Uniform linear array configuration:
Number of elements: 32
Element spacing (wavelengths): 1
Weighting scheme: uniform
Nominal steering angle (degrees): -45
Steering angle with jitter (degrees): -44.078
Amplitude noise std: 0.05
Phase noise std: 0.05

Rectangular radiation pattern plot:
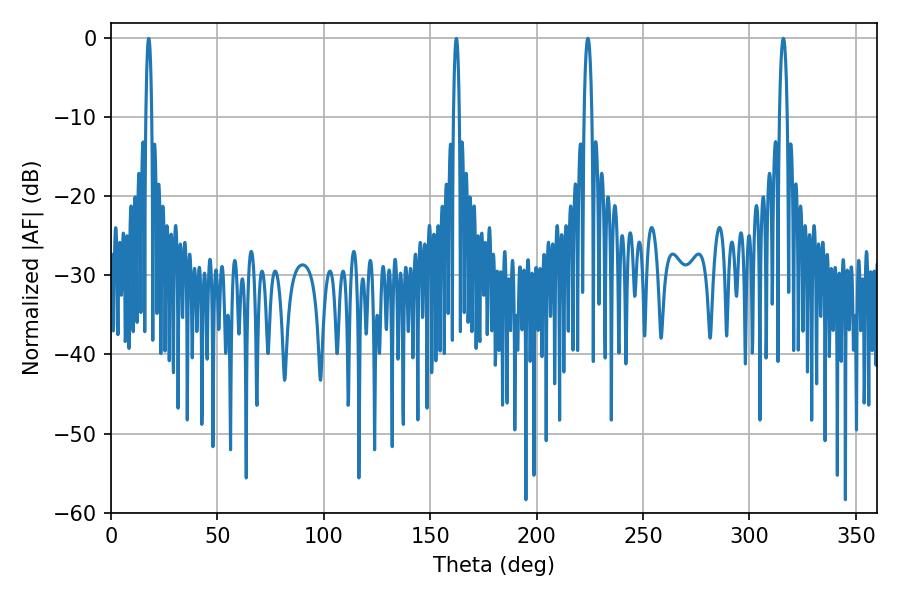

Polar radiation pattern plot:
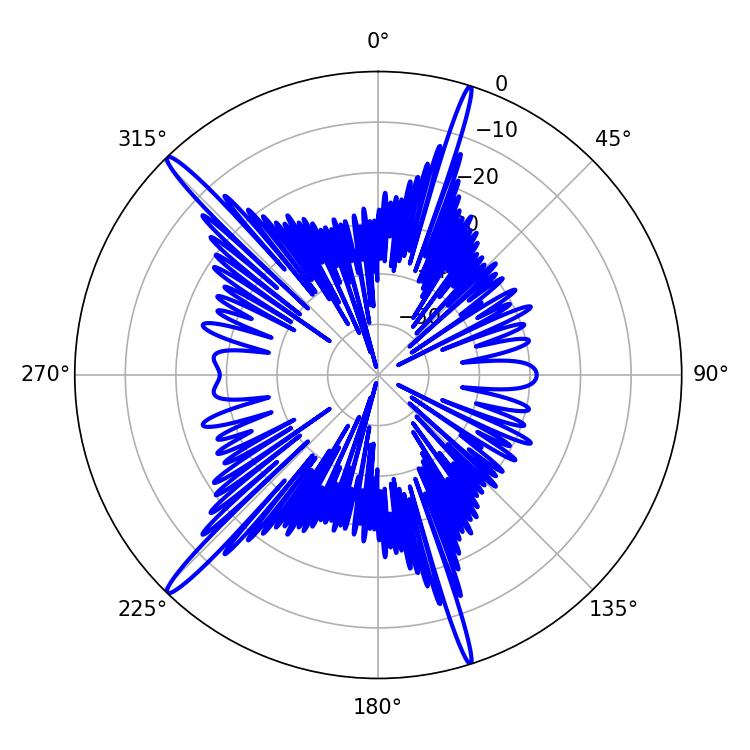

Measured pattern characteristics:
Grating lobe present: TRUE
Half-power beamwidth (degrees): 2.16
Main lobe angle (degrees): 224.1